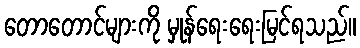
တောတောင်များကို မှုန်ရေးရေးမြင်ရသည်။